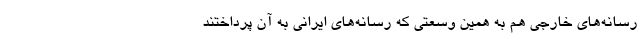
رسانه‌های خارجی هم به همین وسعتی که رسانه‌های ایرانی به آن پرداختند